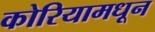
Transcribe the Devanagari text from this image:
कोरियामधून